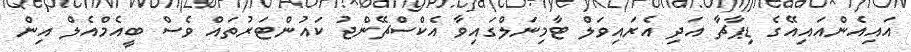
އައިއެންއައިއޭގެ ޑިޕާޗާ އަދި އެރައިވަލް ޓާމިނަލްގައިވާ އެކްސްޗޭންޖު ކައުންޓަރުތައް ވެސް ބީއެމްއެލް އިން